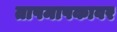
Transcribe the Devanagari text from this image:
तापमापकावर